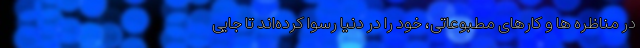
در مناظره ها و کارهای مطبوعاتی، خود را در دنیا رسوا کرده‌اند تا جایی